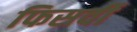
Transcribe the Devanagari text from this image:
फिसर्वी